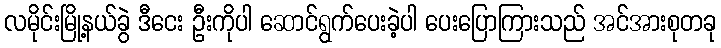
လမိုင်းမြို့နယ်ခွဲ ဒီငေး ဦးကိုပါ ဆောင်ရွက်ပေးခဲ့ပါ ပေးပြောကြားသည် အင်အားစုတခု